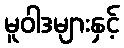
မူဝါဒများနှင့်